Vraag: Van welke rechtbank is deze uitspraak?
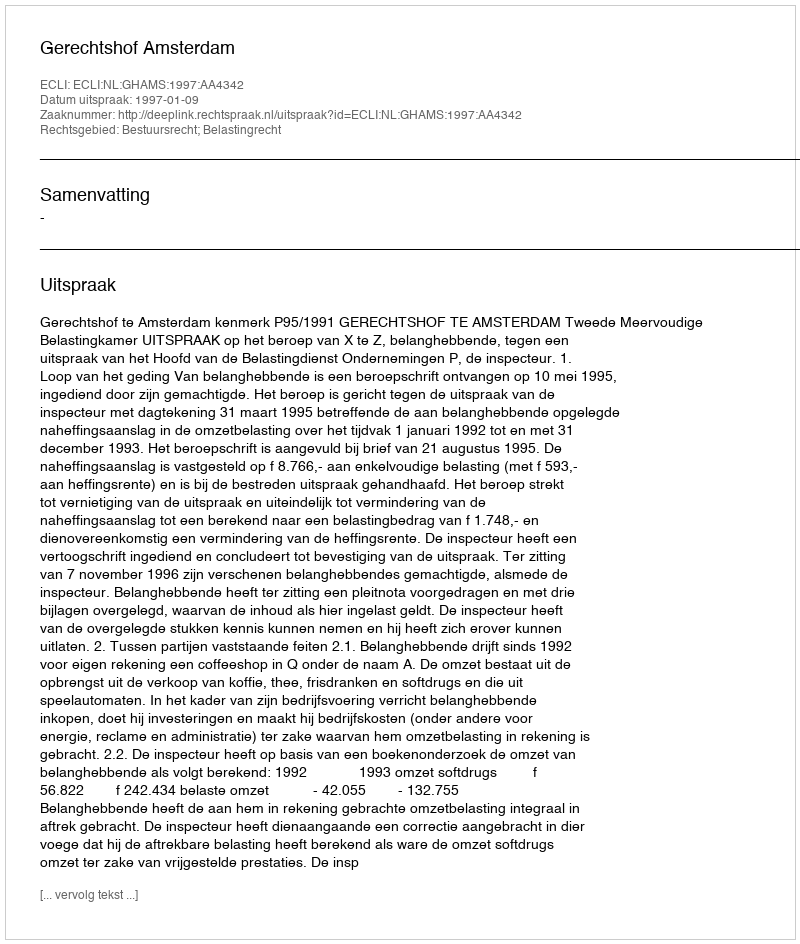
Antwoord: Gerechtshof Amsterdam